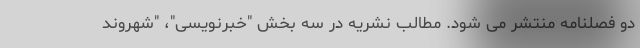
دو فصلنامه منتشر می شود. مطالب نشریه در سه بخش "خبرنویسی"، "شهروند